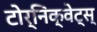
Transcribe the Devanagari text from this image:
टोर्निक्वेट्स्